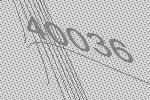
40036